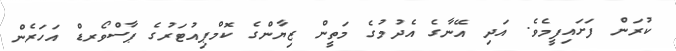
ކުރަން ފަށައިފީމެވެ. އަދި އޭނާގެ އެދުމުގެ މަތީން ޒިޔާންގެ ކޮމްޕިއުޓަރުގެ ޕާސްވޯރޑް އަހަރެން